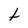
Character: t